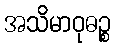
အသိမာဝုဓဉ္စ